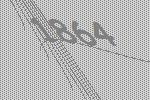
1864